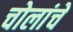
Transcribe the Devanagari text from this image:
चोलांचे